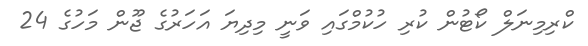
ކްރިމިނަލް ކޯޓުން ކުރި ހުކުމްގައި ވަނީ މިދިޔަ އަހަރުގެ ޖޫން މަހުގެ 24